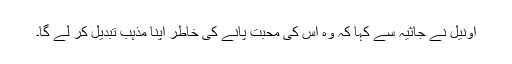
اونیل نے جاثیہ سے کہا کہ وہ اس کی محبت پانے کی خاطر اپنا مذہب تبدیل کر لے گا۔